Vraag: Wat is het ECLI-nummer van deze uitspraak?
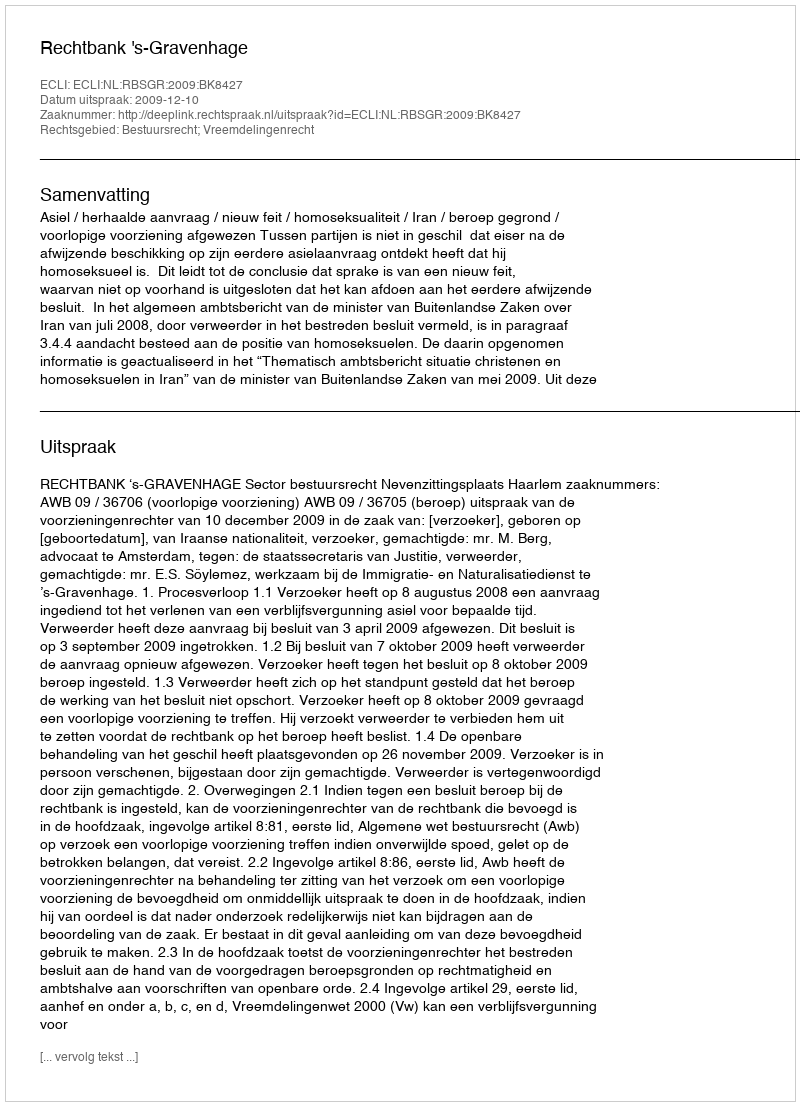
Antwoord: ECLI:NL:RBSGR:2009:BK8427